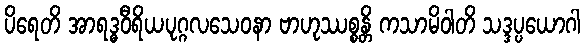
ပိရေတိ အာရဒ္ဓဝီရိယပုဂ္ဂလသေဝနာ ဗာဟုဿစ္စန္တိ ကသာမိဝါတိ သဒ္ဒပ္ပယောဂါ